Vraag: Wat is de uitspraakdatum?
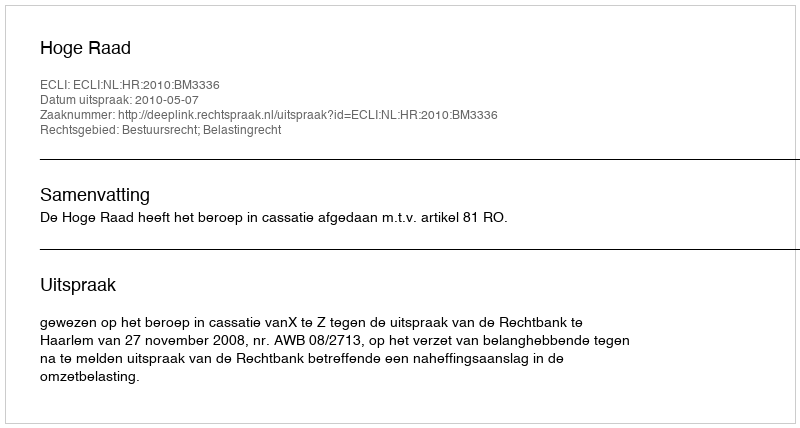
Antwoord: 2010-05-07